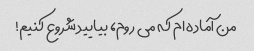
من آماده ام که می روم، بیایید شروع کنیم!